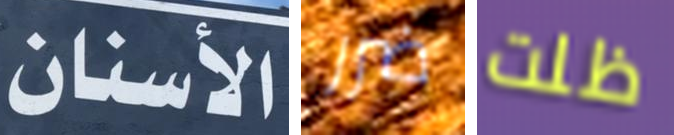
الأسنان ضرر ظلت